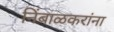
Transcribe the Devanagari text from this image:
निंबाळकरांना